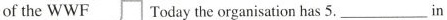
of the WWF Today the organisation has 5.___in